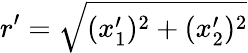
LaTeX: r^{\prime}=\sqrt{(x_{1}^{\prime})^{2}+(x_{2}^{\prime})^{2}}